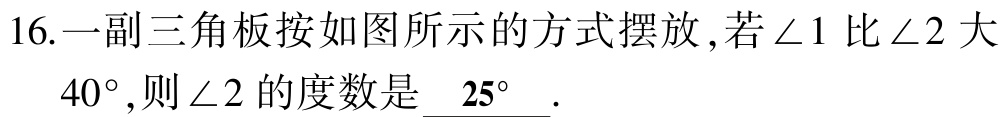
16.一副三角板按如图所示的方式摆放,若$\angle 1$比$\angle 2$大$40^{\circ}$,则$\angle 2$的度数是$\underline{25^{\circ}}$.